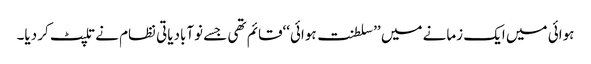
ہوائی میں ایک زمانے میں ’’سلطنت ہوائی‘‘قائم تھی جسے نوآبادیاتی نظام نے تلپٹ کر دیا۔